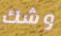
وشك